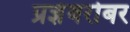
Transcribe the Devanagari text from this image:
प्रज्ञेबरोबर